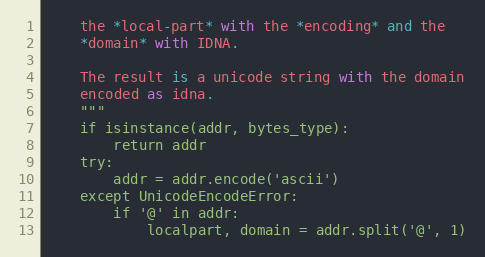
Language: Python
    the *local-part* with the *encoding* and the
    *domain* with IDNA.

    The result is a unicode string with the domain
    encoded as idna.
    """
    if isinstance(addr, bytes_type):
        return addr
    try:
        addr = addr.encode('ascii')
    except UnicodeEncodeError:
        if '@' in addr:
            localpart, domain = addr.split('@', 1)